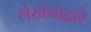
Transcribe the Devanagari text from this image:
लेखनाद्वारे